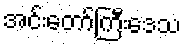
အင်းတော်ကြီးဒေသ